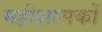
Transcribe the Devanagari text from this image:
महीशासकों